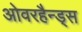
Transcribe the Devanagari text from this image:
ओवरहैन्ड्स